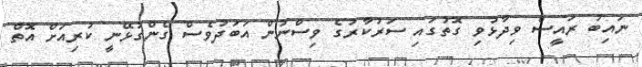
ނައިބު ރައީސް ވިދާޅުވި ގޮތުގައި ސަރުކާރުގެ ވިސްނުން އަބަދުވެސް ގެންގުޅޭނީ ކުރިއަށް އޮތް